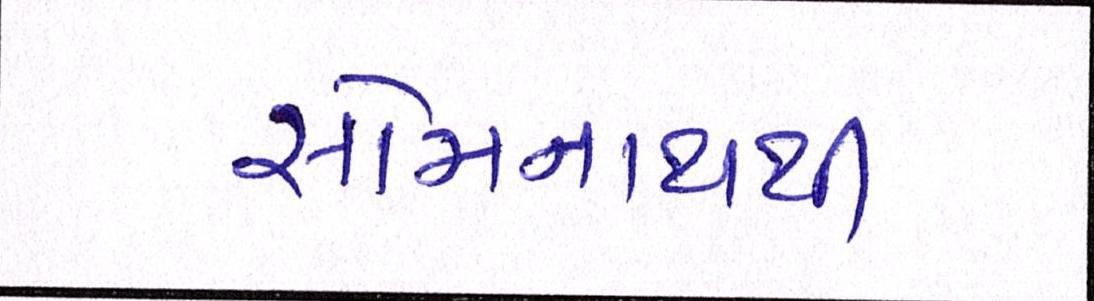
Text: સોમનાથથી